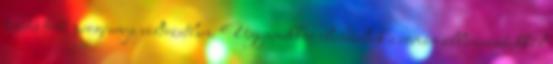
temetés többi programja változatlan. Ugyanakkor elindultak a román államvasutakkal